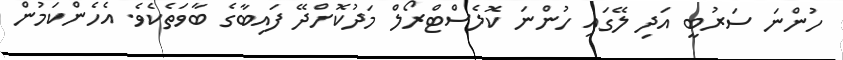
ހުންނަ ސަރުބީ އަދި ލޭގައި ހުންނަ ކޮލެސްޓްރޯލް މަދުކޮށްދޭ ފައިބާގެ ބާވަތެކެވެ. އެހެންކަމުން